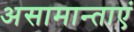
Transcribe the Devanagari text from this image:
असामान्ताएं